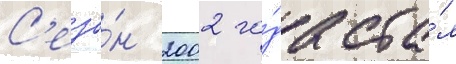
С'езо́н 2002 го́да ста́л